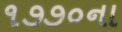
૧૭૭૦ના